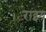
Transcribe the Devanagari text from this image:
राझ्य